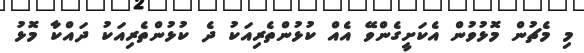
މި މެޗުން މޮޅުވުން އެކަށީގެންވޭ އެއް ކުޅުންތެރިއަކު ދެ ކުޅުންތެރިއަކު ދައްކާ މޮޅު